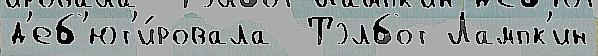
д'еб'ют'и́ровала  Тэлбот Лампк'ин